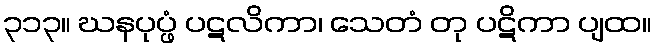
၃၁၃။ ဃနပုပ္ဖံ ပဋလိကာ၊ သေတံ တု ပဋိကာ ပျထ။